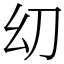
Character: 㓜